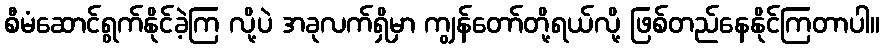
စီမံဆောင်ရွက်နိုင်ခဲ့ကြ လို့ပဲ အခုလက်ရှိမှာ ကျွန်တော်တို့ရယ်လို့ ဖြစ်တည်နေနိုင်ကြတာပါ။